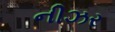
નીઝર